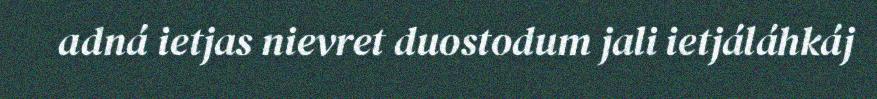
adná ietjas nievret duostodum jali ietjáláhkáj